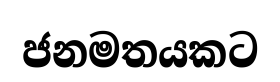
ජනමතයකට